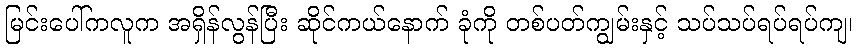
မြင်းပေါ်ကလူက အရှိန်လွန်ပြီး ဆိုင်ကယ်နောက် ခုံကို တစ်ပတ်ကျွမ်းနှင့် သပ်သပ်ရပ်ရပ်ကျ၊